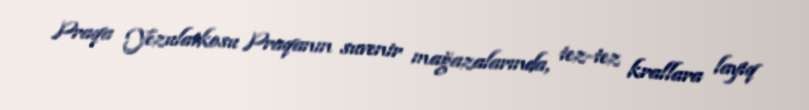
Praqa Yezulatkosu Praqanın suvenir mağazalarında, tez-tez krallara layiq